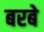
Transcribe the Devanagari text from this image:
बरबे